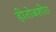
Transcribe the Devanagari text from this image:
हीतोबशीरा